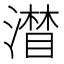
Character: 𱩄